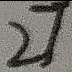
2 7